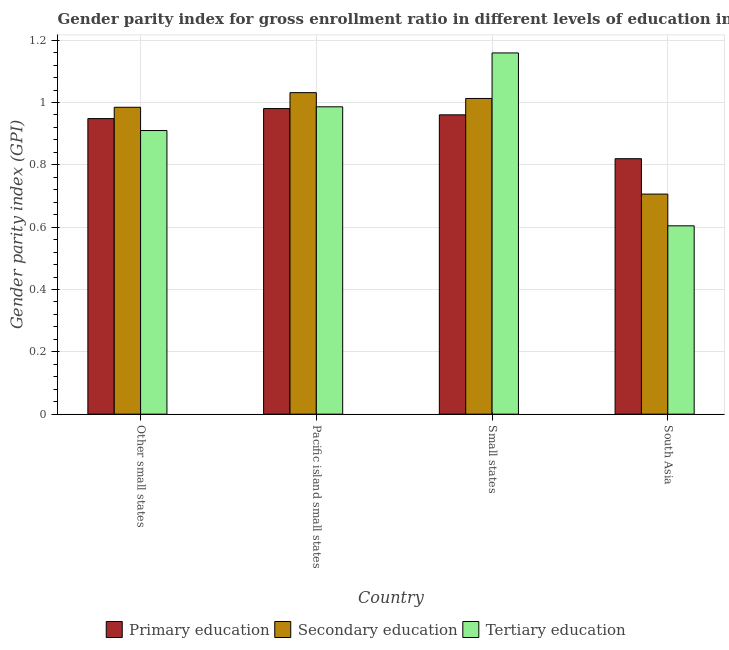
| Country | Primary education | Secondary education | Tertiary education |
 | --- | --- | --- | --- |
 | Other small states | 0.948 | 0.985 | 0.91 |
 | Pacific island small states | 0.98 | 1.03 | 0.986 |
 | Small states | 0.96 | 1.01 | 1.16 |
 | South Asia | 0.82 | 0.706 | 0.604 |